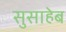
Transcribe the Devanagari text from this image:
सुसाहेब